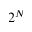
2 ^ { N }